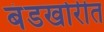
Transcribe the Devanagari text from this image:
बंडखोरीत